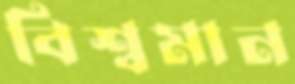
বিশ্বমান